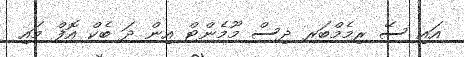
އައި ސޭ ރިމެމްބަރ ދިސް މޫމެންޓް އިން ދަ ބެކް އޮފް މައި